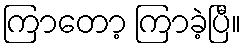
ကြာတော့ ကြာခဲ့ပြီ။